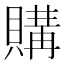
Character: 購